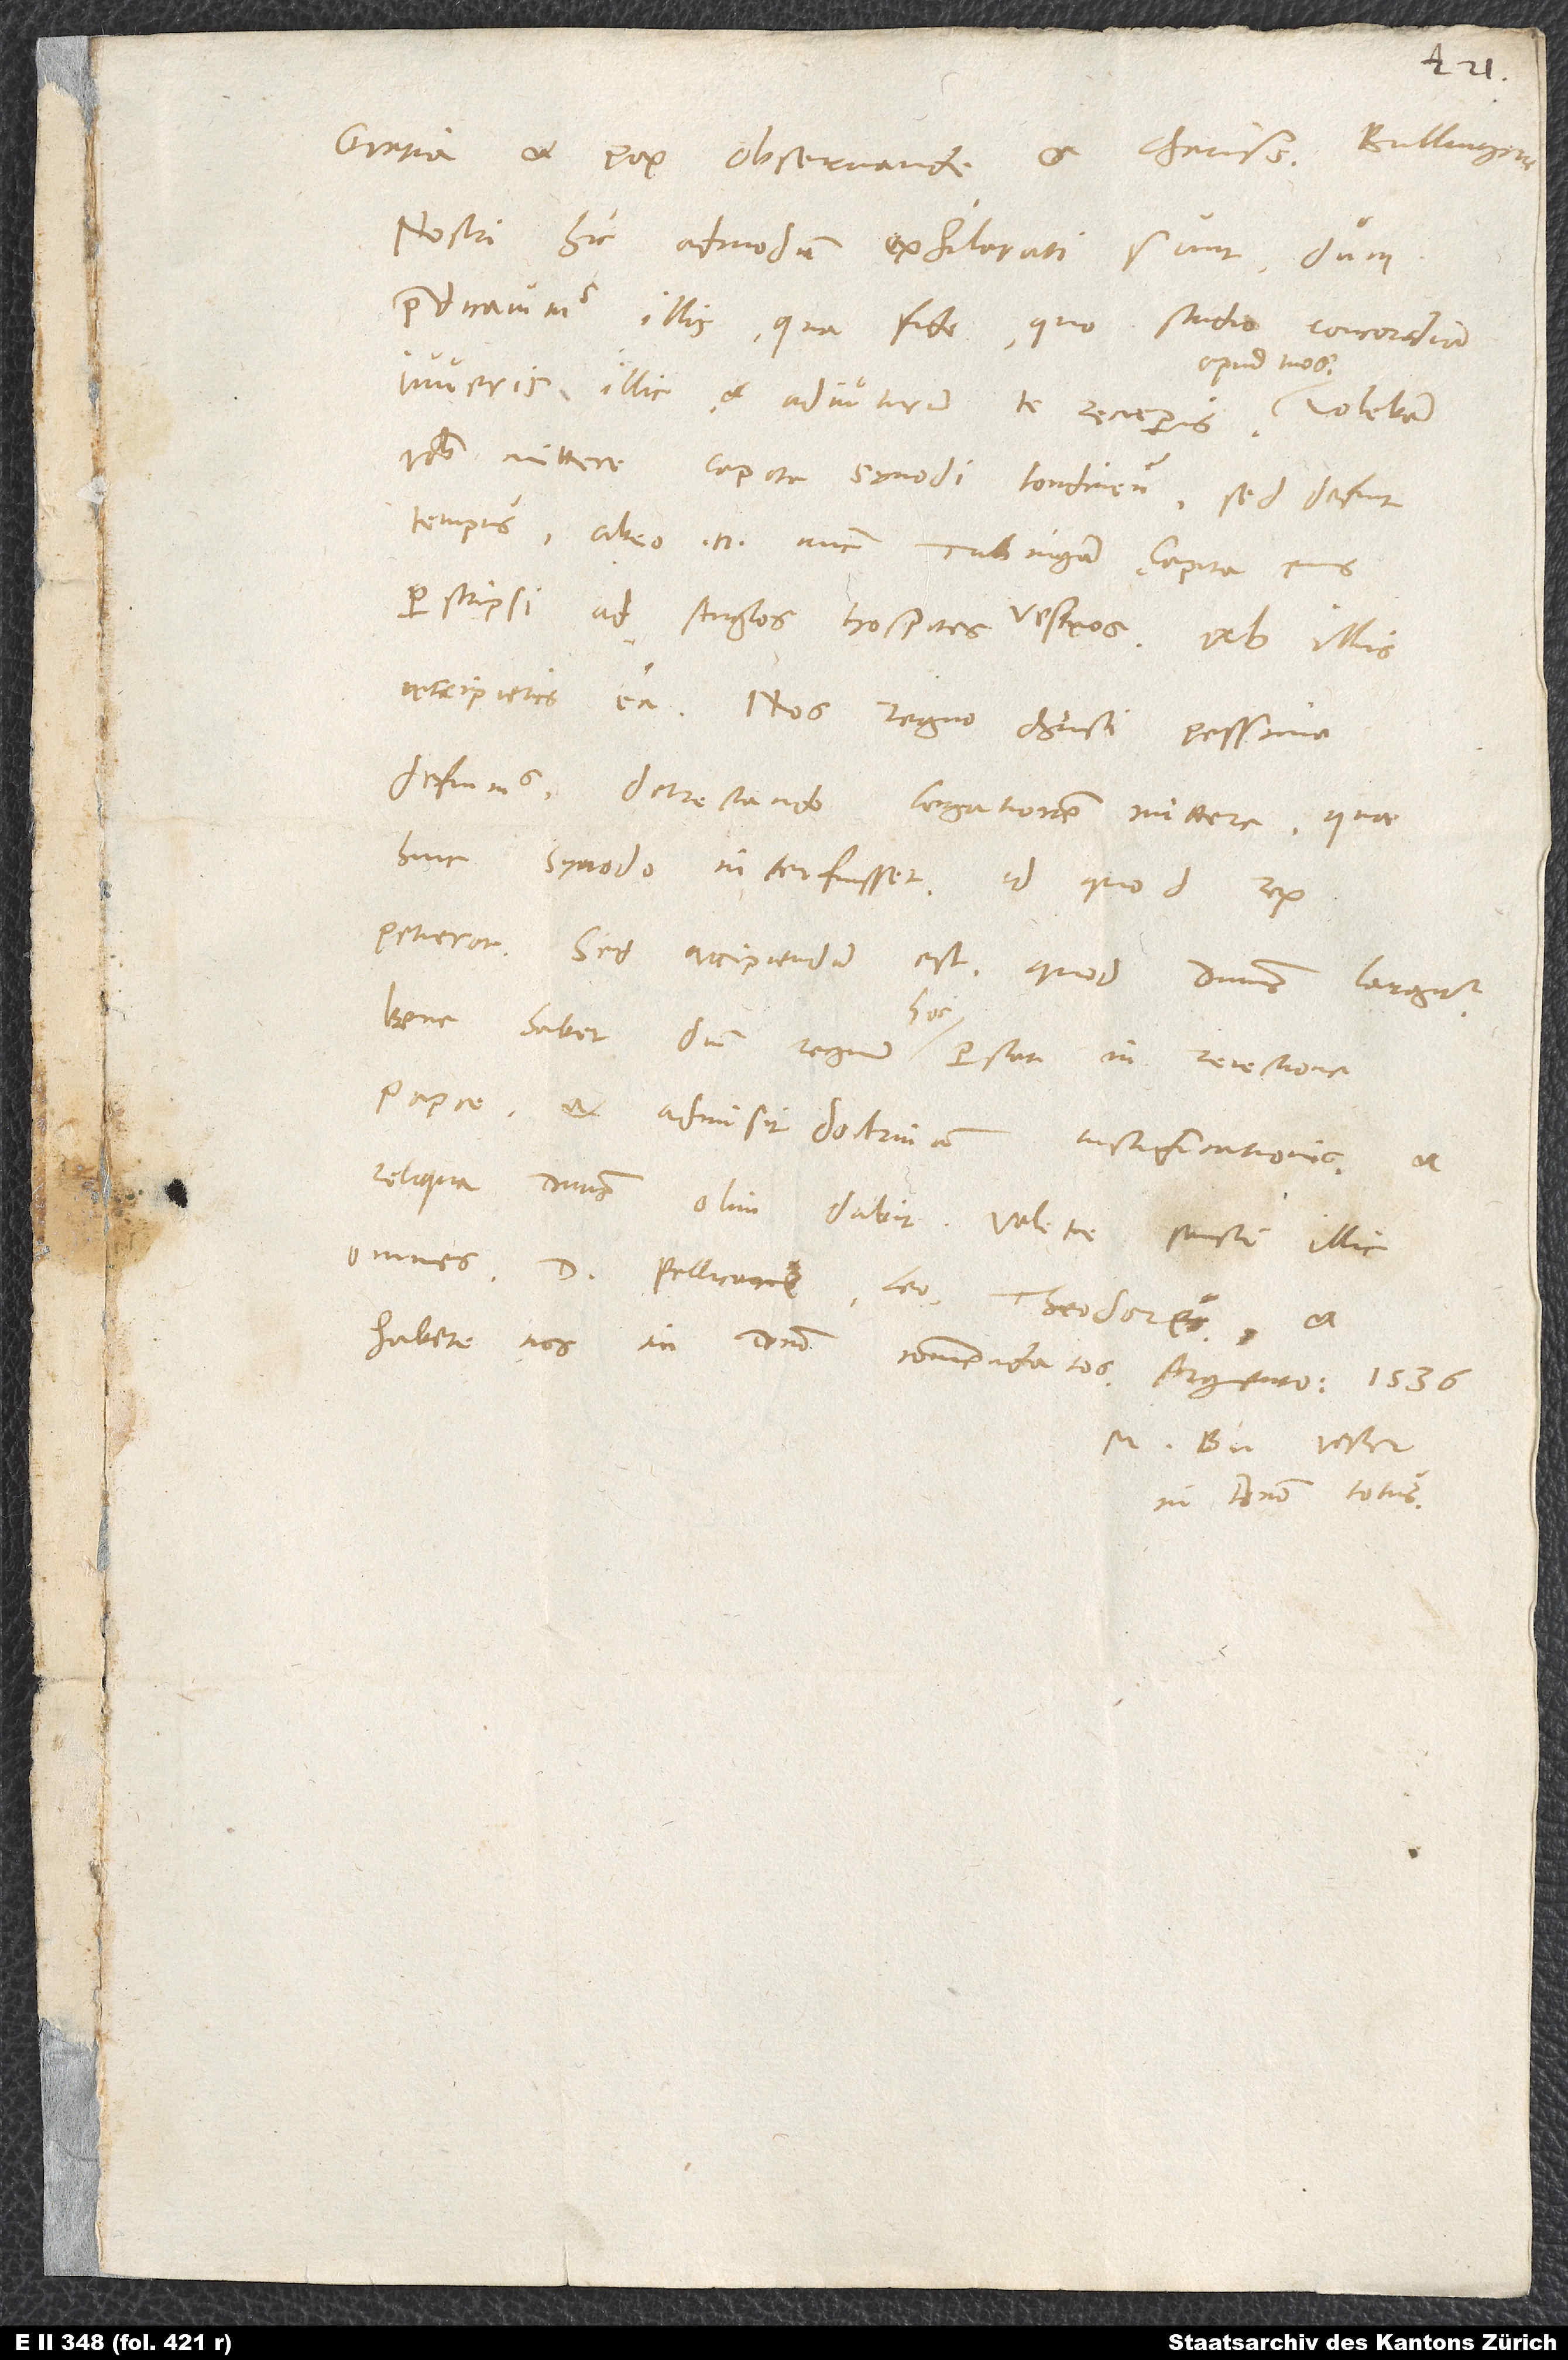
Gratia et pax, observande et charissime Bullingere.
Nostri hic admodum exhilarati sunt, dum
praedicavimus illis, qua fide, quo studio concordiam
apud tuos.
iuveris illic et adiuturum te receperis
vobis mittere capita synodi Londinensis, sed defuit
tempus. Abeo enim nunc Tubingam. Capita eius
perscripsi ad Anglos hospites vestros; ab illis
accipietis ea. Nos regno Christi pessime
defuimus detrectando legationem mittere, quae
hinc synodo interfuisset, id quod rex
petierat. Sed accipiendum est, quod dominus largitur.
Bene habet, dum regnum hoc perstat in reiectione
papae et admisit doctrinam iustificationis, et
omnes,. Pellicane, Leo, Theodore, et
M. Bu. vester
in domino totus.